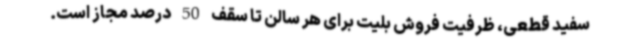
سفید قطعی، ظرفیت فروش بلیت برای هر سالن تا سقف 50 درصد مجاز است.